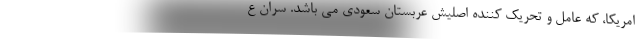
امریکا، که عامل و تحریک کننده اصلیش عربستان سعودی می باشد. سران ع